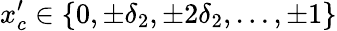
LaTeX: x_{c}^{\prime}\in\{ 0,\pm\delta_{2},\pm 2\delta_{2},\dots,\pm 1\}